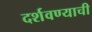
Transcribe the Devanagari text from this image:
दर्शवण्याची